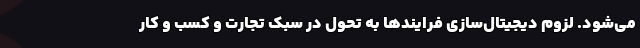
می‌شود. لزوم دیجیتال‌سازی فرایندها به تحول در سبک تجارت و کسب و کار